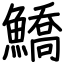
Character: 鱎